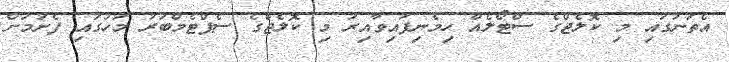
އެތަނުގައި މި ކޮލެޖްގެ ސްޓޯލެއް ހިމެނިފައިވާއިރު މި ކޮލެޖްގެ ސެޕްޓެމްބަރު މަހުގައި ފެށުމަށް